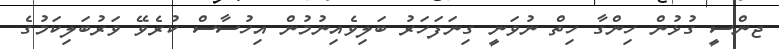
ޖންސީ ގުޅުން ހިންގާ ހިތް ނުވަނީ ގިނަފަހަރު ބަލިވެއިނުމުން އިހުސާސް ކުރެވޭ ވަރުބަލިކަމުގެ